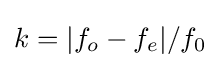
k=|f_{o}-f_{e}|/f_{0}